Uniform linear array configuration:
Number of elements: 4
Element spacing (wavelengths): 0.25
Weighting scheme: kaiser
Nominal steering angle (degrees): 0
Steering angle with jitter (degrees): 0.9233
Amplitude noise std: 0.05
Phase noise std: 0.05

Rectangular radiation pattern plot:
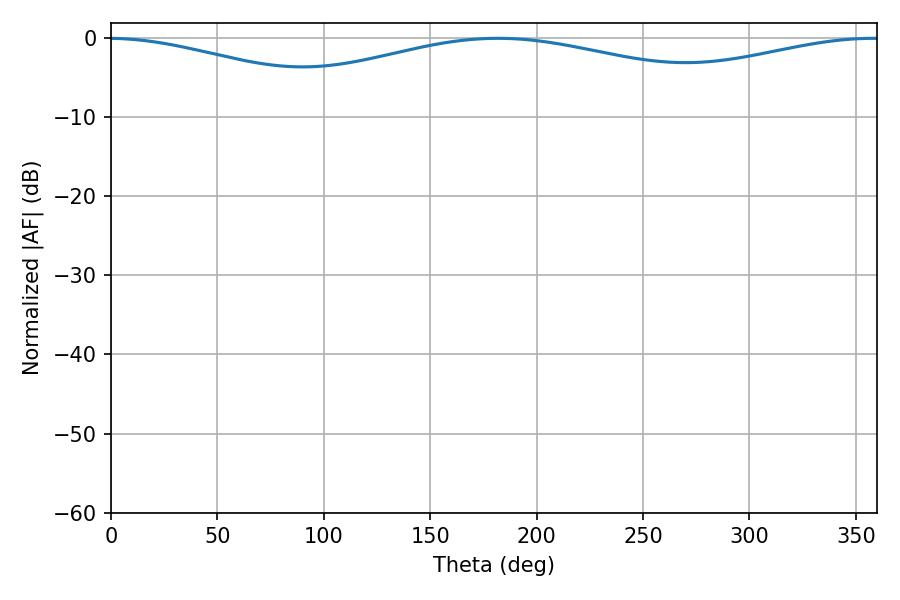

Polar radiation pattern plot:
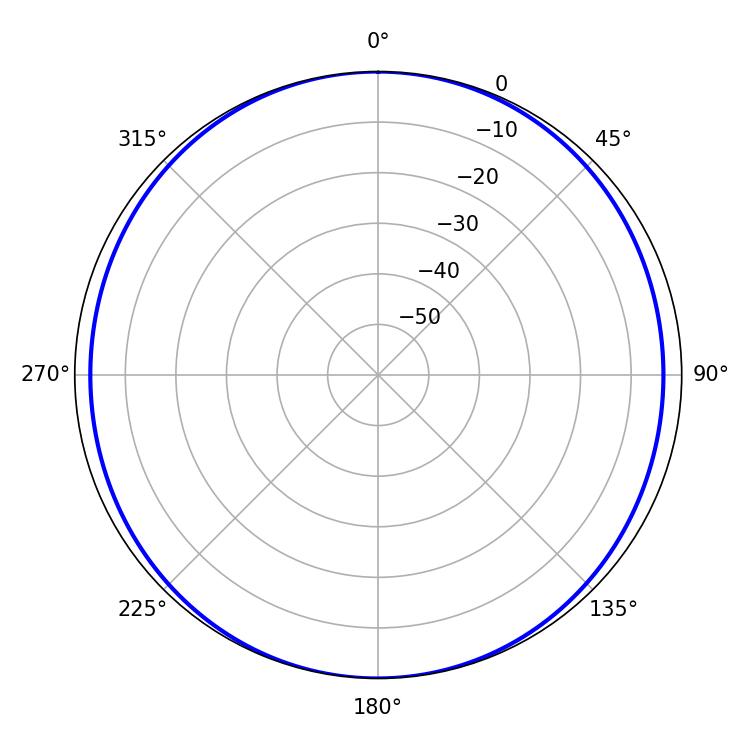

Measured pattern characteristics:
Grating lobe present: FALSE
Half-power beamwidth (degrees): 148.32
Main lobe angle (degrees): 181.8